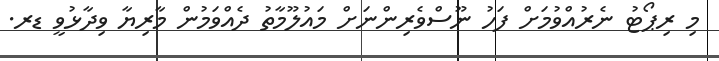
މި ރިޕޯޓު ނެރުއްވުމަށް ފަހު ނޫސްވެރިންނަށް މައުލޫމާތު ދެއްވަމުން މާރިޔާ ވިދާޅުވީ ޑރ.